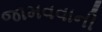
જામવવાની